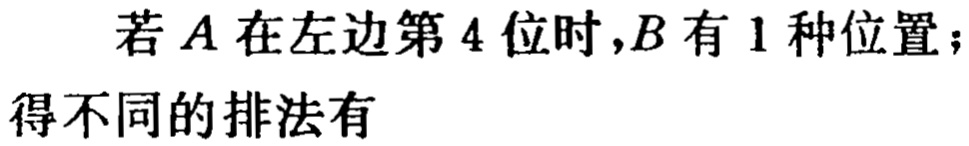
若\(A\)在左边第\(4\)位时，\(B\)有\(1\)种位置；
得不同的排法有